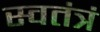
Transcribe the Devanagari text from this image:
स्वतंत्रं